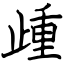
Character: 歱